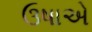
ઉષાએ